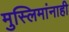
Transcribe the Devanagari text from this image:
मुस्लिमांनाही